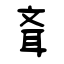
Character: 斊